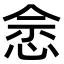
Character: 𢚒